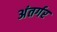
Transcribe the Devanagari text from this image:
अंतर्गर